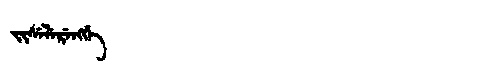
Manchu: ᠵᡳᠰᡝᠯᡝᡵᡝᠩᡤᡝ
Romanization: JISELERENGGE